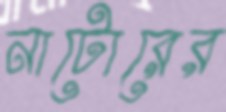
নাটোরের